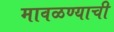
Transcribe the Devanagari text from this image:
मावळण्याची